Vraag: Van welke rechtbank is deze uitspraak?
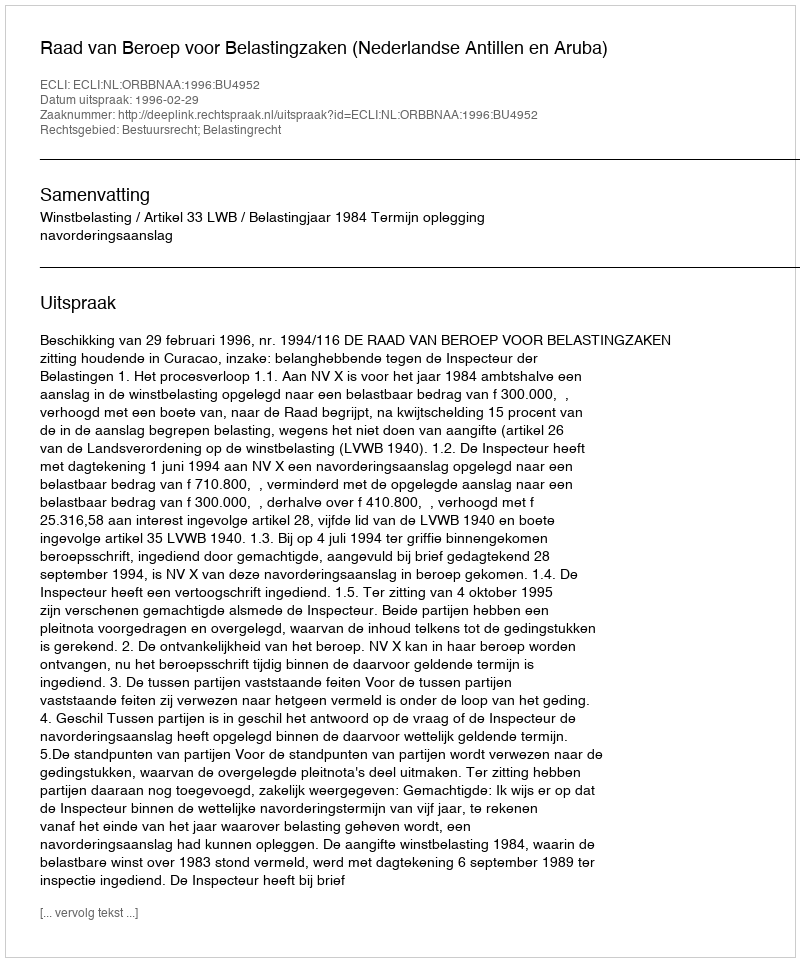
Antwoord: Raad van Beroep voor Belastingzaken (Nederlandse Antillen en Aruba)